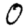
Digit: 0